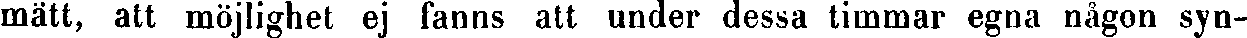
mätt, att möjlighet ej fanns att under dessa timmar egna någon syn-